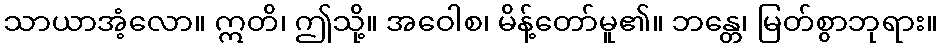
သာယာအံ့လော။ ဣတိ၊ ဤသို့။ အဝေါစ၊ မိန့်တော်မူ၏။ ဘန္တေ၊ မြတ်စွာဘုရား။